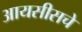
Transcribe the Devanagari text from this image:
आयसीसचे